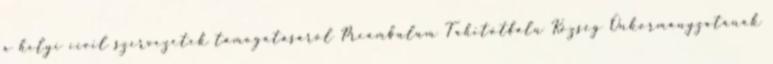
a helyi civil szervezetek támogatásáról Preambulum Tahitótfalu Község Önkormányzatának